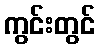
ကွင်းတွင်